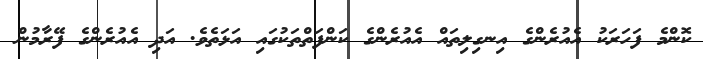
ކޮންމެ ފަހަރަކު އެއުރެންގެ އިނގިލިތައް އެއުރެންގެ ކަންފަތްތަކުގައި އަޅަތެވެ. އަދި އެއުރެންގެ ފޭރާމުން